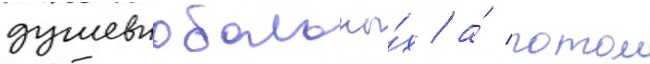
душевнобольны́х / а́ потом